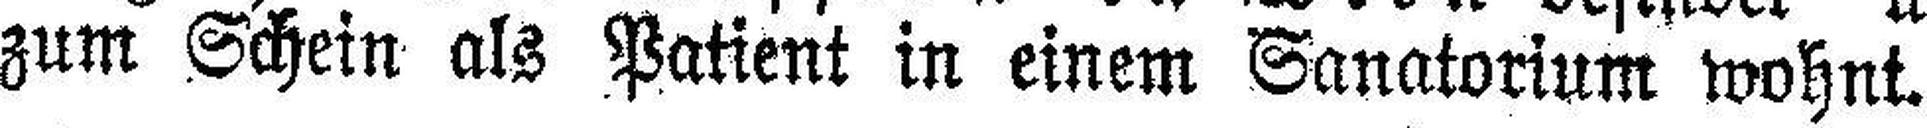
zum Schein als Patient in einem Sanatorium wohnt.